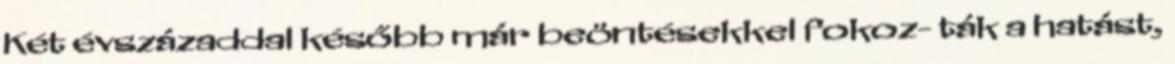
Két évszázaddal később már beöntésekkel fokoz- ták a hatást,